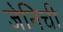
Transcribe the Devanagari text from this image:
जेनिची